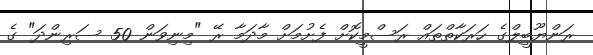
ރަންޔޫބީލްގެ ހަރަކާތްތައް ރަސްމީކޮށް ފެށުމަށް މާދަމާ ރޭ "މިނިވަން 50 ސަރިންދަ" ގެ